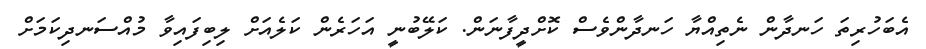
އެބަހުރިތަ ހަނދާން ނެތިއްޔާ ހަނދާންވެސް ކޮށްދީފާނަން. ކަލޭބުނީ އަހަރެން ކަލެއަށް ލިބިފައިވާ މުއްސަނދިކަމަށް